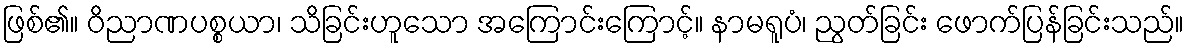
ဖြစ်၏။ ဝိညာဏပစ္စယာ၊ သိခြင်းဟူသော အကြောင်းကြောင့်။ နာမရူပံ၊ ညွတ်ခြင်း ဖောက်ပြန်ခြင်းသည်။